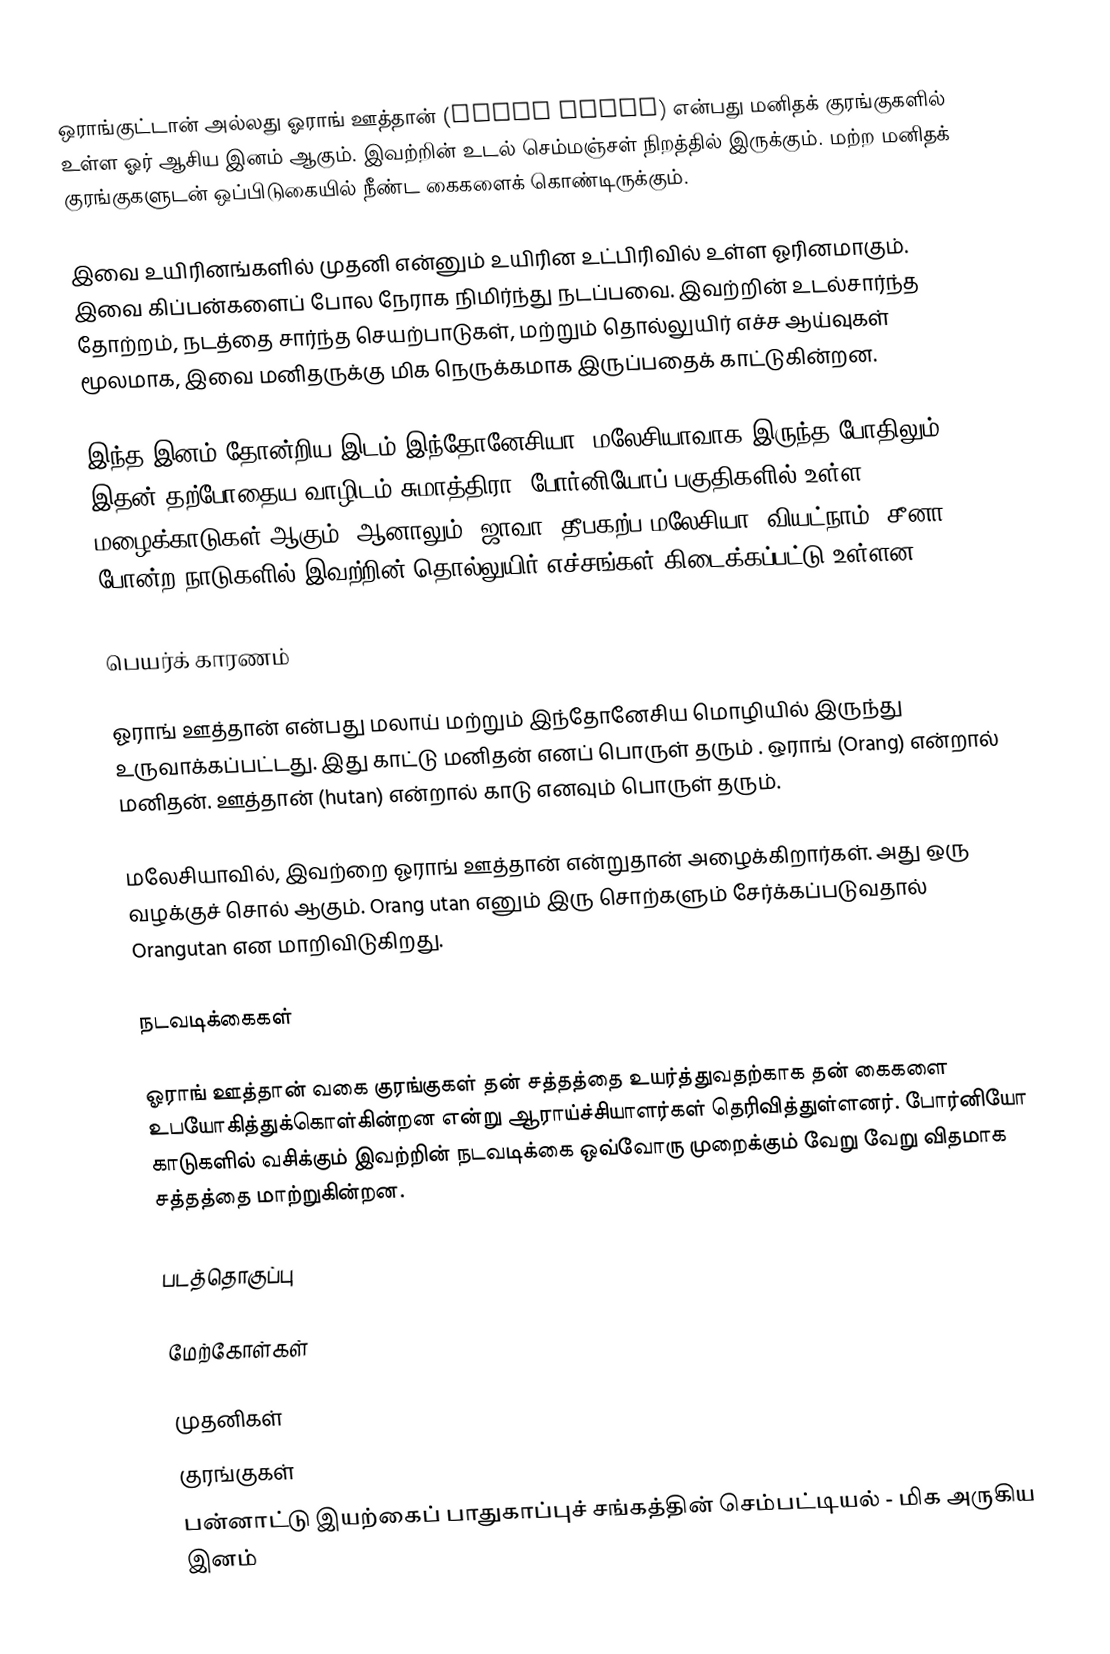
ஒராங்குட்டான் அல்லது ஓராங் ஊத்தான் (Orang Hutan) என்பது மனிதக் குரங்குகளில் உள்ள ஓர் ஆசிய இனம் ஆகும். இவற்றின் உடல் செம்மஞ்சள் நிறத்தில் இருக்கும். மற்ற மனிதக் குரங்குகளுடன் ஒப்பிடுகையில் நீண்ட கைகளைக் கொண்டிருக்கும்.

இவை உயிரினங்களில் முதனி என்னும் உயிரின உட்பிரிவில் உள்ள ஓரினமாகும். இவை கிப்பன்களைப் போல நேராக நிமிர்ந்து நடப்பவை. இவற்றின் உடல்சார்ந்த தோற்றம், நடத்தை சார்ந்த செயற்பாடுகள், மற்றும் தொல்லுயிர் எச்ச ஆய்வுகள் மூலமாக, இவை மனிதருக்கு மிக நெருக்கமாக இருப்பதைக் காட்டுகின்றன.

இந்த இனம் தோன்றிய இடம் இந்தோனேசியா, மலேசியாவாக இருந்த போதிலும், இதன் தற்போதைய வாழிடம் சுமாத்திரா, போர்னியோப் பகுதிகளில் உள்ள மழைக்காடுகள் ஆகும். ஆனாலும், ஜாவா, தீபகற்ப மலேசியா, வியட்நாம், சீனா போன்ற நாடுகளில் இவற்றின் தொல்லுயிர் எச்சங்கள் கிடைக்கப்பட்டு உள்ளன.

பெயர்க் காரணம்

ஓராங் ஊத்தான் என்பது மலாய் மற்றும் இந்தோனேசிய மொழியில் இருந்து உருவாக்கப்பட்டது. இது காட்டு மனிதன் எனப் பொருள் தரும் . ஒராங் (Orang) என்றால் மனிதன். ஊத்தான் (hutan) என்றால் காடு எனவும் பொருள் தரும்.

மலேசியாவில், இவற்றை ஓராங் ஊத்தான் என்றுதான் அழைக்கிறார்கள். அது ஒரு வழக்குச் சொல் ஆகும். Orang utan எனும் இரு சொற்களும் சேர்க்கப்படுவதால் Orangutan என மாறிவிடுகிறது.

நடவடிக்கைகள்

ஓராங் ஊத்தான் வகை குரங்குகள் தன் சத்தத்தை உயர்த்துவதற்காக தன் கைகளை உபயோகித்துக்கொள்கின்றன என்று ஆராய்ச்சியாளர்கள் தெரிவித்துள்ளனர். போர்னியோ காடுகளில் வசிக்கும் இவற்றின் நடவடிக்கை ஒவ்வோரு முறைக்கும் வேறு வேறு விதமாக சத்தத்தை மாற்றுகின்றன.

படத்தொகுப்பு

மேற்கோள்கள்

முதனிகள்
குரங்குகள்
பன்னாட்டு இயற்கைப் பாதுகாப்புச் சங்கத்தின் செம்பட்டியல் - மிக அருகிய இனம்